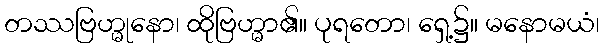
တဿဗြဟ္မုနော၊ ထိုဗြဟ္မာ၏။ ပုရတော၊ ရှေ့၌။ မနောမယံ၊